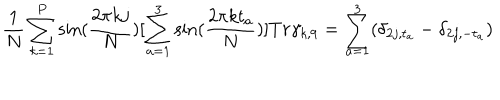
\frac { 1 } N \sum _ { k = 1 } ^ { P } \sin ( \frac { 2 \pi k j } N ) [ \sum _ { a = 1 } ^ { 3 } \sin ( \frac { 2 \pi k t _ { a } } N ) ] T r \gamma _ { k , 9 } = \sum _ { a = 1 } ^ { 3 } ( \delta _ { 2 j , t _ { a } } - \delta _ { 2 j , - t _ { a } } )